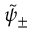
\tilde { \psi } _ { \pm }